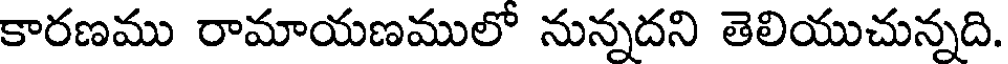
కారణము రామాయణములో నున్నదని తెలియుచున్నది.